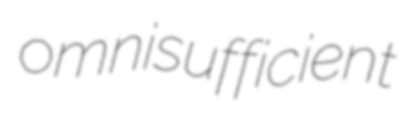
omnisufficient